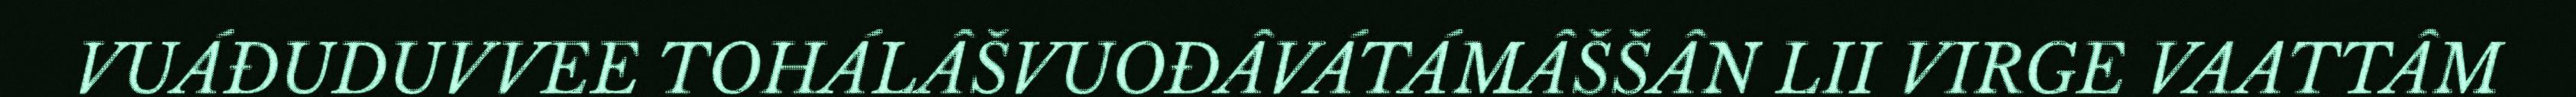
VUÁĐUDUVVEE TOHÁLÂŠVUOĐÂVÁTÁMÂŠŠÂN LII VIRGE VAATTÂM